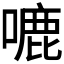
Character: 𭊛